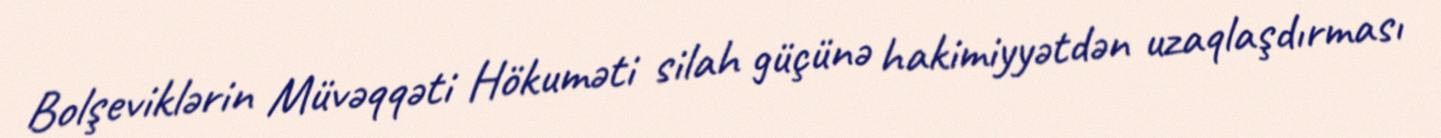
Bolşeviklərin Müvəqqəti Hökuməti silah güçünə hakimiyyətdən uzaqlaşdırması